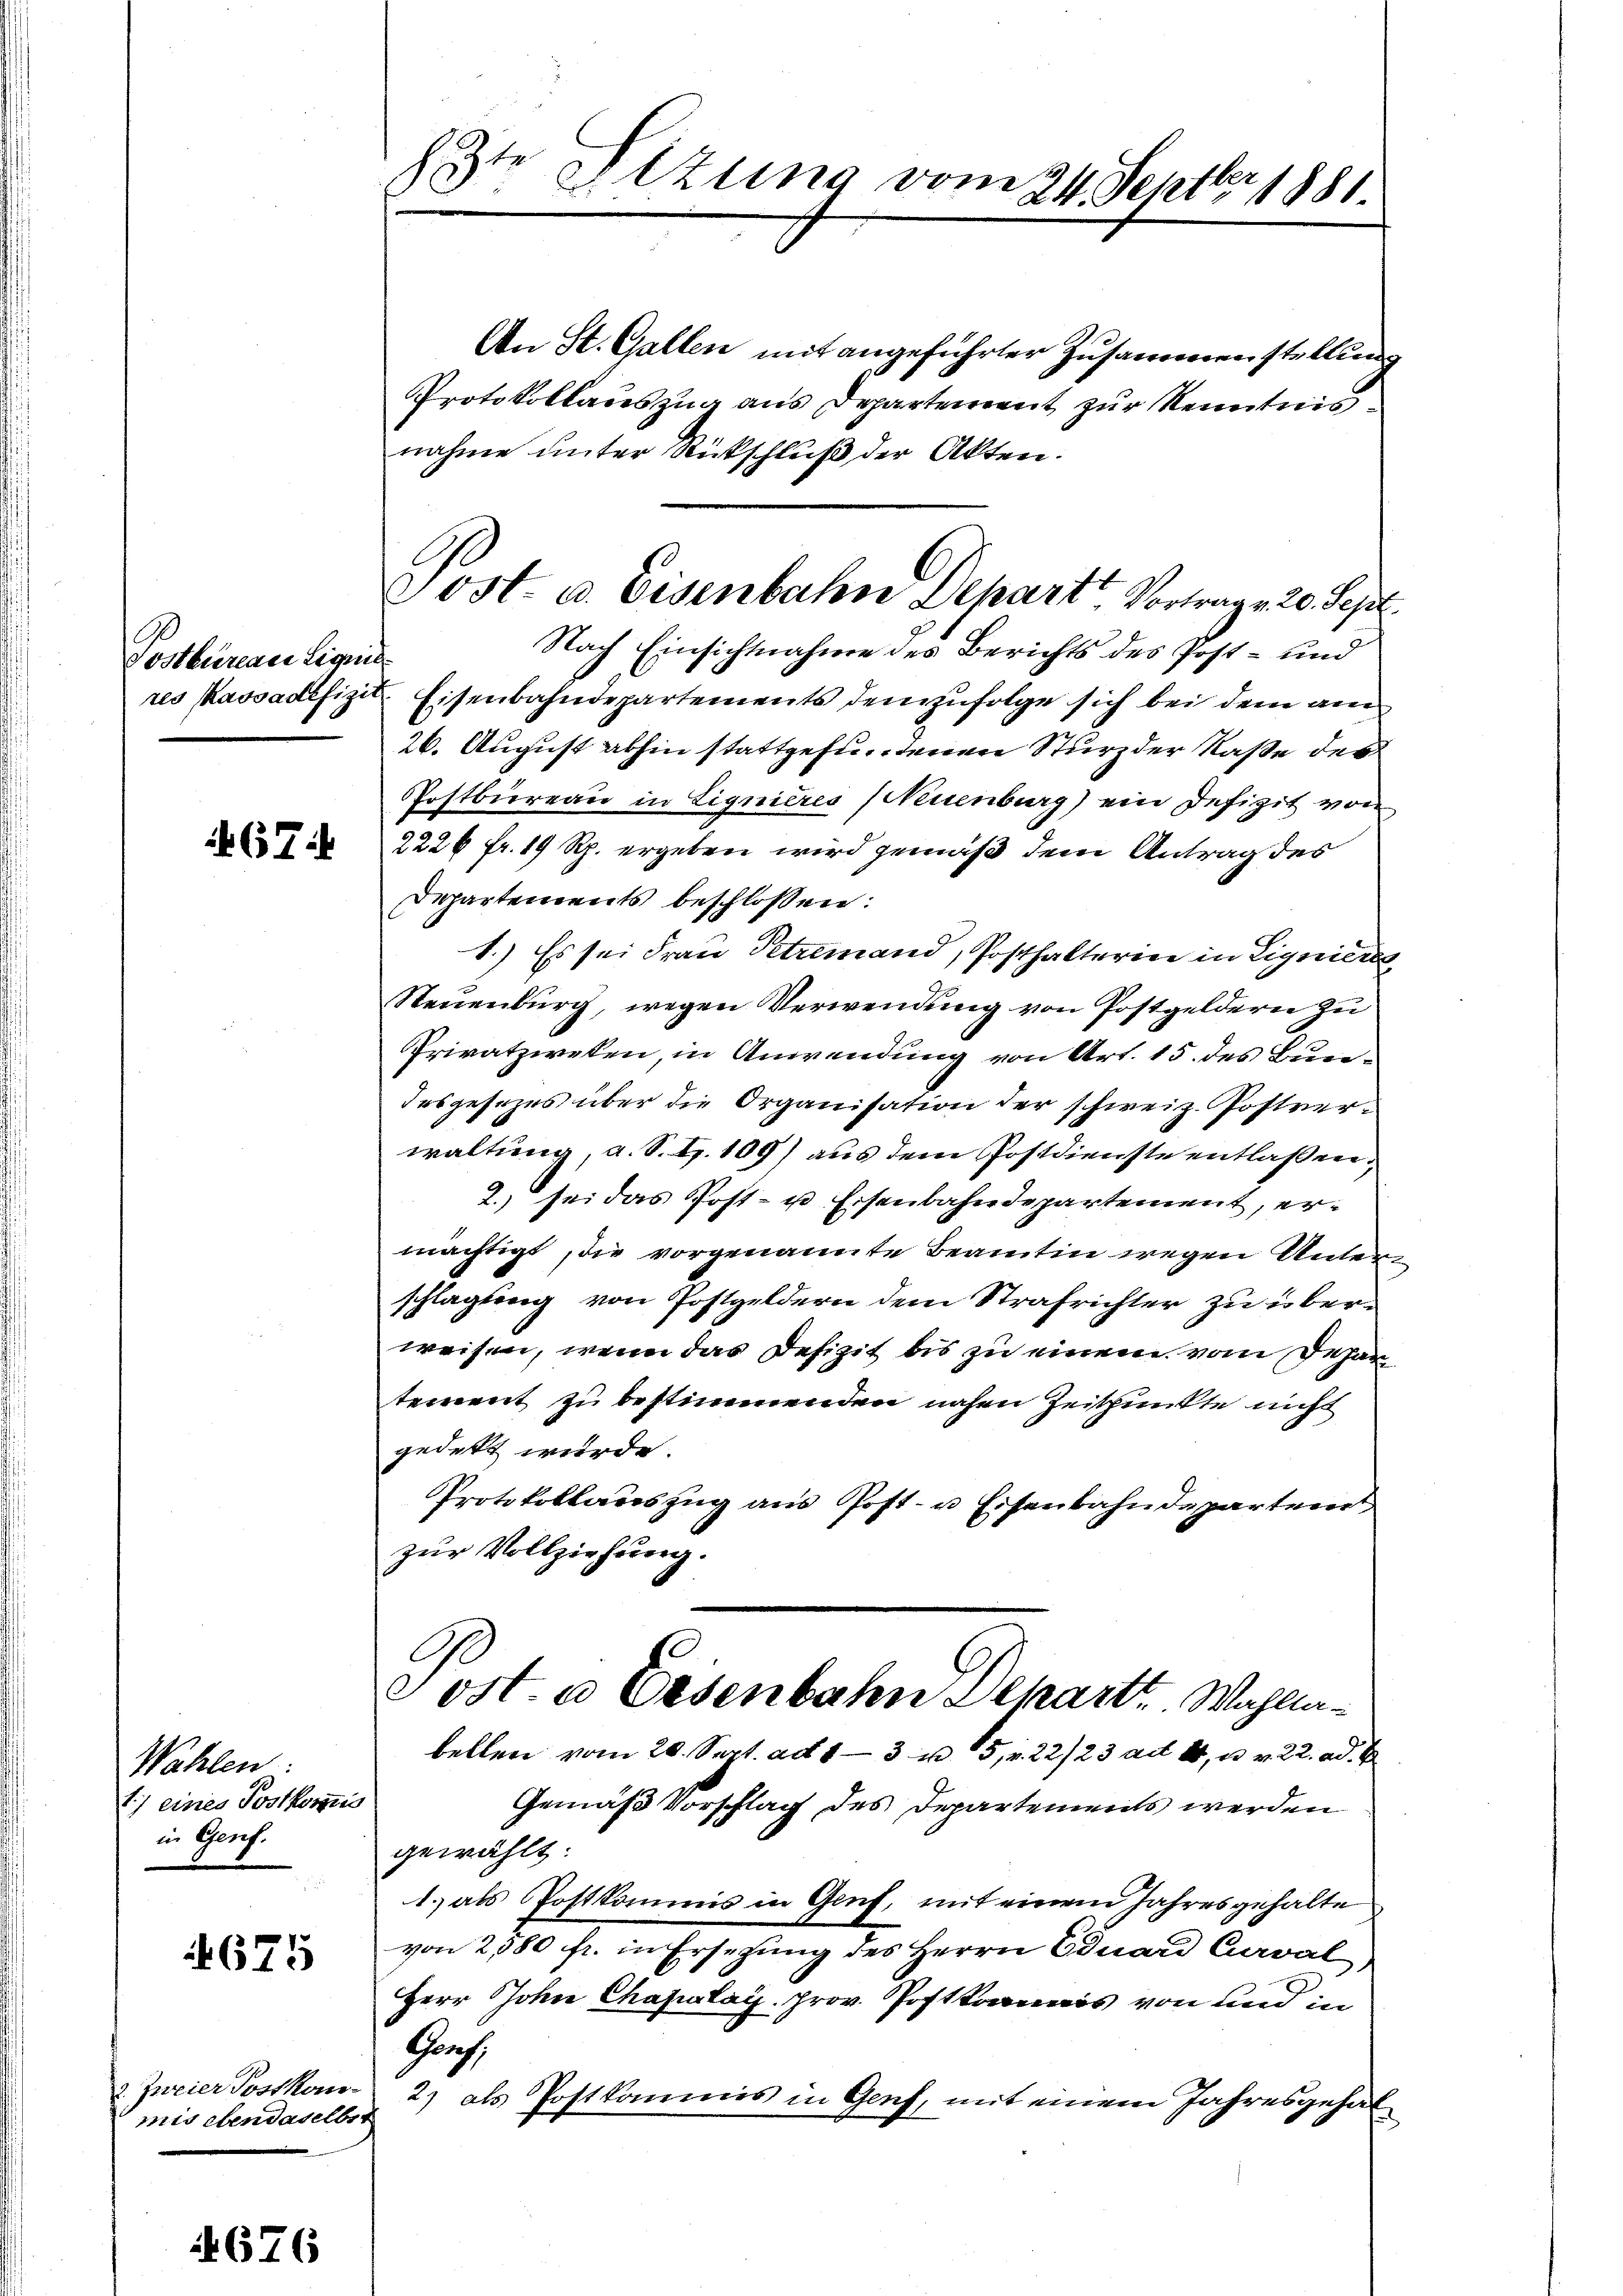
Postbureau Liquid

671

Wählen
1.) eines Postkommis
in Genf.

4675

2. Zweier Postkons
mis ebendaselbst

4676

E
s
Elzung vom 24. Septbr 1881.

An St. Gallen mit angeführter Zusammenstellung
Protokollauszug aus Departement zur Kenntnis
nahme unter Rückschluß der Akten.
26. August abhin stattgefundenen Sturz der Nase des
Postbureau in Lignieres (Neuenburg) ein Defizit von
2226 fr. 19 Rp. ergeben wird gemäß dem Antrag des
Departements beschlossen:
1.) Es sei Frau Petremand, Posthalterin in Ligeiers
Neuenburg, wegen Verwendung von Postgeldern zu
Privatzweken, in Anwendung von Art. 15. des Bundesgesezes über die Organisation der schweiz. Postverwaltung, a. S. S. 109) aus dem Postdienste entlaßen
2. sei das Post- u Eisenbahndepartement, ermächtigt, die vorgenannte Beamten wegen Untern
schlagung von Postgeldern dem Strafrichter zu überweisen, wenn das Defizit bis zu einem vom Gehartement zu bestimmenden nahen Zeitpunkte nicht
gedekt würde.
Protokollauszug aus Post- u. Eisenbahndepartern
zur Vollziehung.
ost. a Eisenbahn Depart. Wahllabellen vom 20. Sept. ad 13 u. 5, 22/23 ad 4, u. v. 22. ad. B
Gemäß Vorschlag des Departements werden
gewählt:
1. als Postkommis in Genf, mit einem Jahresgehalte
von 280 fr. in Ersezung des Herrn Eduard Curval
Herr John Chapalay prov. Postkomnis von und in
Graf
2) als Postkommis in Genf, mit einem Jahresgehal

Tost- u. Eisenbahn Depart, Vortrag v. 20. Sept.
Nach Einsichtnahme des Berichts des Post- und
res Kassadefizit Eisenbahndepartements demzufolge sich bei dem an